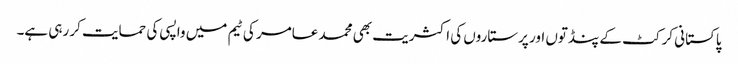
پاکستانی کرکٹ کے پنڈتوں اور پرستاروں کی اکثریت بھی محمد عامر کی ٹیم میں واپسی کی حمایت کر رہی ہے۔